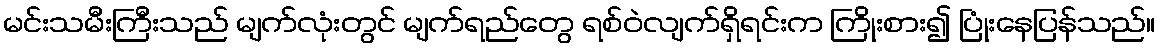
မင်းသမီးကြီးသည် မျက်လုံးတွင် မျက်ရည်တွေ ရစ်ဝဲလျက်ရှိရင်းက ကြိုးစား၍ ပြုံးနေပြန်သည်။